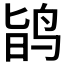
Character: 𪉆